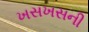
ખસખસની